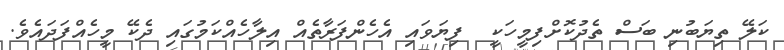
ކަލޭ ތިޔަބުނި ބަސް ތެދުކޮށްފިމީހަކީ  ފިޔަވައި އެހެންފަރާތެއް އިލާހެއްކަމުގައި ދެކޭ މީހެއްފަދައެވެ.